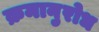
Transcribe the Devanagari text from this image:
क्रमानुरोध